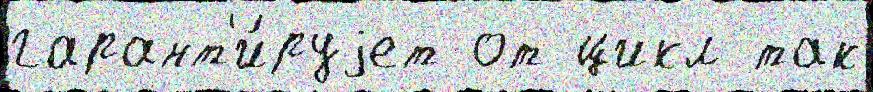
гарант'и́руjет от цикл так